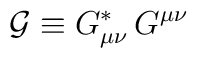
{\cal G}\equiv G_{\mu\nu}^\ast\,G^{\mu\nu}